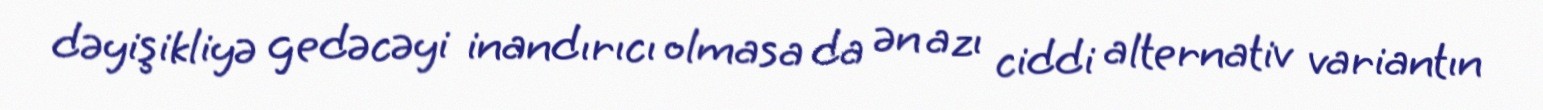
dəyişikliyə gedəcəyi inandırıcı olmasa da ən azı ciddi alternativ variantın